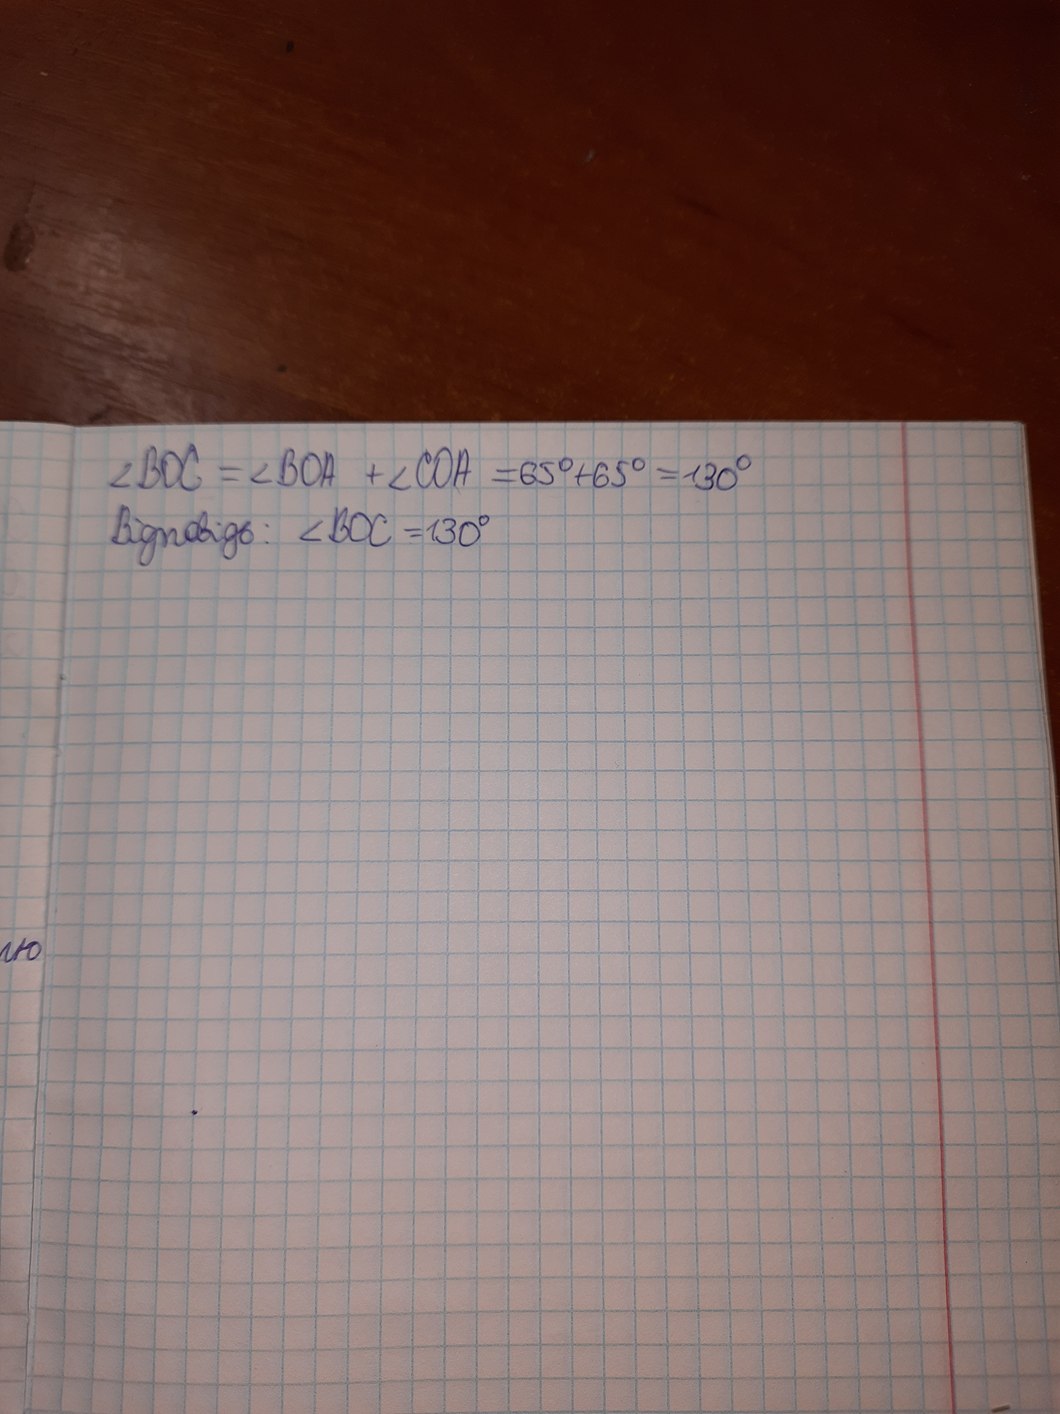
∠BOC = ∠BOA + ∠COA = 65° + 65° = 130°
Відповідь: ∠BOC = 130°